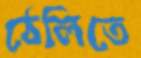
ঠেলিতে